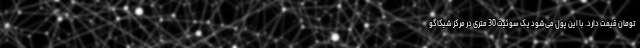
تومان قیمت دارد. با این پول می‌شود یک سوئیت 30 متری در مرکز شیکاگو